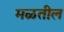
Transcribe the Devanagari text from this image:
मळतील